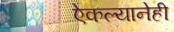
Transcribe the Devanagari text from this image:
ऐकल्यानेही